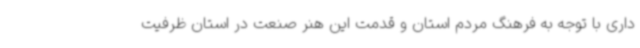
داری با توجه به فرهنگ مردم استان و قدمت این هنر صنعت در استان ظرفیت